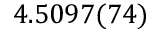
4 . 5 0 9 7 ( 7 4 )